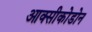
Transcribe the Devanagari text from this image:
आक्सीकोडोन